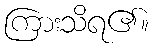
ကြားသိရ၏။